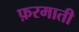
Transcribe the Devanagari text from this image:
फ़रमाती